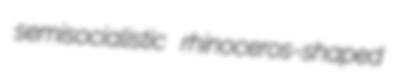
semisocialistic rhinoceros-shaped